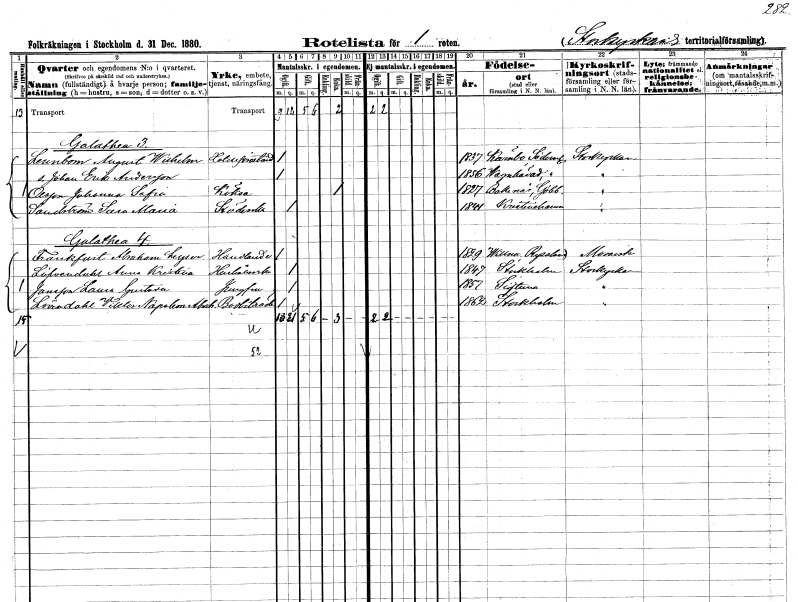
gt_parse: households: individuals: FN: August Wilhelm
EN: Leunbom
YRKE: Hotellföreståndare
KON: M
CIV: O
FODAR: 1837
FODFORS: Kärnbo Södermanlands län
FN: Johan Erik
EN: Andersson
KON: M
CIV: O
FODAR: 1856
FODFORS: Vagnhärad Södermanlands län
FN: Johanna Sofia
EN: Olsson
YRKE: Köksa
KON: K
CIV: E
FODAR: 1827
FODFORS: Bokenäs Göteborgs- och Bohuslän
FN: Sara Maria
EN: Sandström
YRKE: Städerska
KON: K
CIV: O
FODAR: 1841
FODFORS: Kristinehamn Värmlands län
FN: Abraham
EN: Frankfurt Leyser
YRKE: Handlande
KON: M
CIV: O
FODAR: 1829
FN: Anna Kristina
EN: Löfvendahl
YRKE: Hushållerska
KON: K
CIV: O
FODAR: 1847
FODFORS: Stockholm
FN: Laura Gustava
EN: Jansson
YRKE: Jungfru
KON: K
CIV: O
FODAR: 1857
FODFORS: Sigtuna Stockholms län
FN: Volltor Napoleon Abraham
EN: Lövendahl
YRKE: Bodbiträde
KON: M
CIV: O
FODAR: 1862
FODFORS: Stockholm